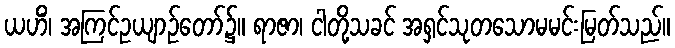
ယဟိံ၊ အကြင်ဥယျာဉ်တော်၌။ ရာဇာ၊ ငါတို့သခင် အရှင်သုတသောမမင်းမြတ်သည်။